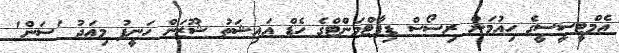
އެމްޓީސީސީގެ ހިއުމަން ރިސޯސް ޑިޕާޓްމަންޓްގެ ހެޑް އައިޝަތު ޝޫޒަން ހަނީފު މިއަދު 'ސަން'